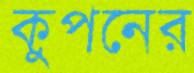
কুপনের